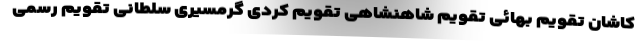
کاشان تقویم بهائی تقویم شاهنشاهی تقویم کردی گرمسیری سلطانی تقویم رسمی